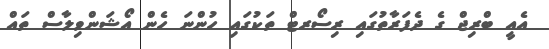
އެއީ ބްރިޖް ގެ ދެފަރާތުގައި ރިސޯރޓް ތަކުގައި ހުންނަ ހެން އޯޝަންވިލާސް ތައް